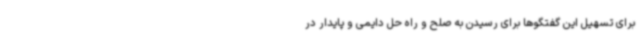
برای تسهیل این گفتگوها برای رسیدن به صلح و راه حل دایمی و پایدار در